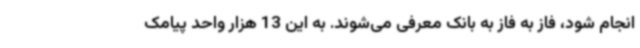
انجام شود، فاز به فاز به بانک معرفی می‌شوند. به این 13 هزار واحد پیامک